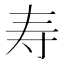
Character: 寿